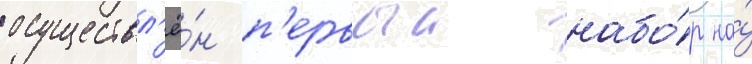
осуществл'ё́н п'ервыи набо́р на́